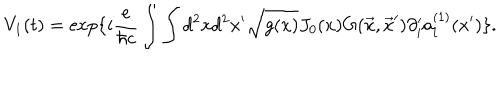
LaTeX: V _ { 1 } ( t ) = \exp \{ i { \frac { e } { \hbar c } } \int \int d ^ { 2 } x d ^ { 2 } x ^ { \prime } \sqrt { g ( x ) } J _ { 0 } ( x ) G ( \vec { x } , \vec { x } ^ { \prime } ) \partial _ { i } ^ { \prime } a _ { i } ^ { ( 1 ) } ( x ^ { \prime } ) \} .